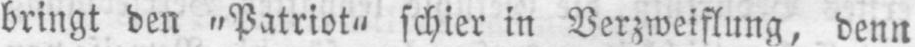
bringt den „Patriot“ schier in Verzweiflung, denn